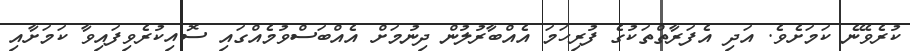
ކުރެވޭނެ ކަމަށެވެ. އަދި އެފަރާތްތަކުގެ ފުރިހަމަ އެއްބާރުލުން ދިނުމަށް އެއްބަސްވުމެއްގައި ސޮއިކުރެވިފައިވާ ކަމަށާއި